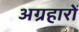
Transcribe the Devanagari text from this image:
अग्रहारों